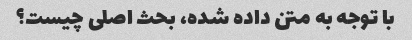
با توجه به متن داده شده، بحث اصلی چیست؟